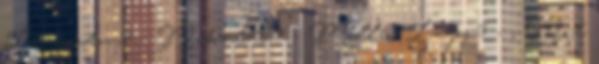
Lermontov,3 - Mikulás,3 - Millei Lajos,3 - , Mit